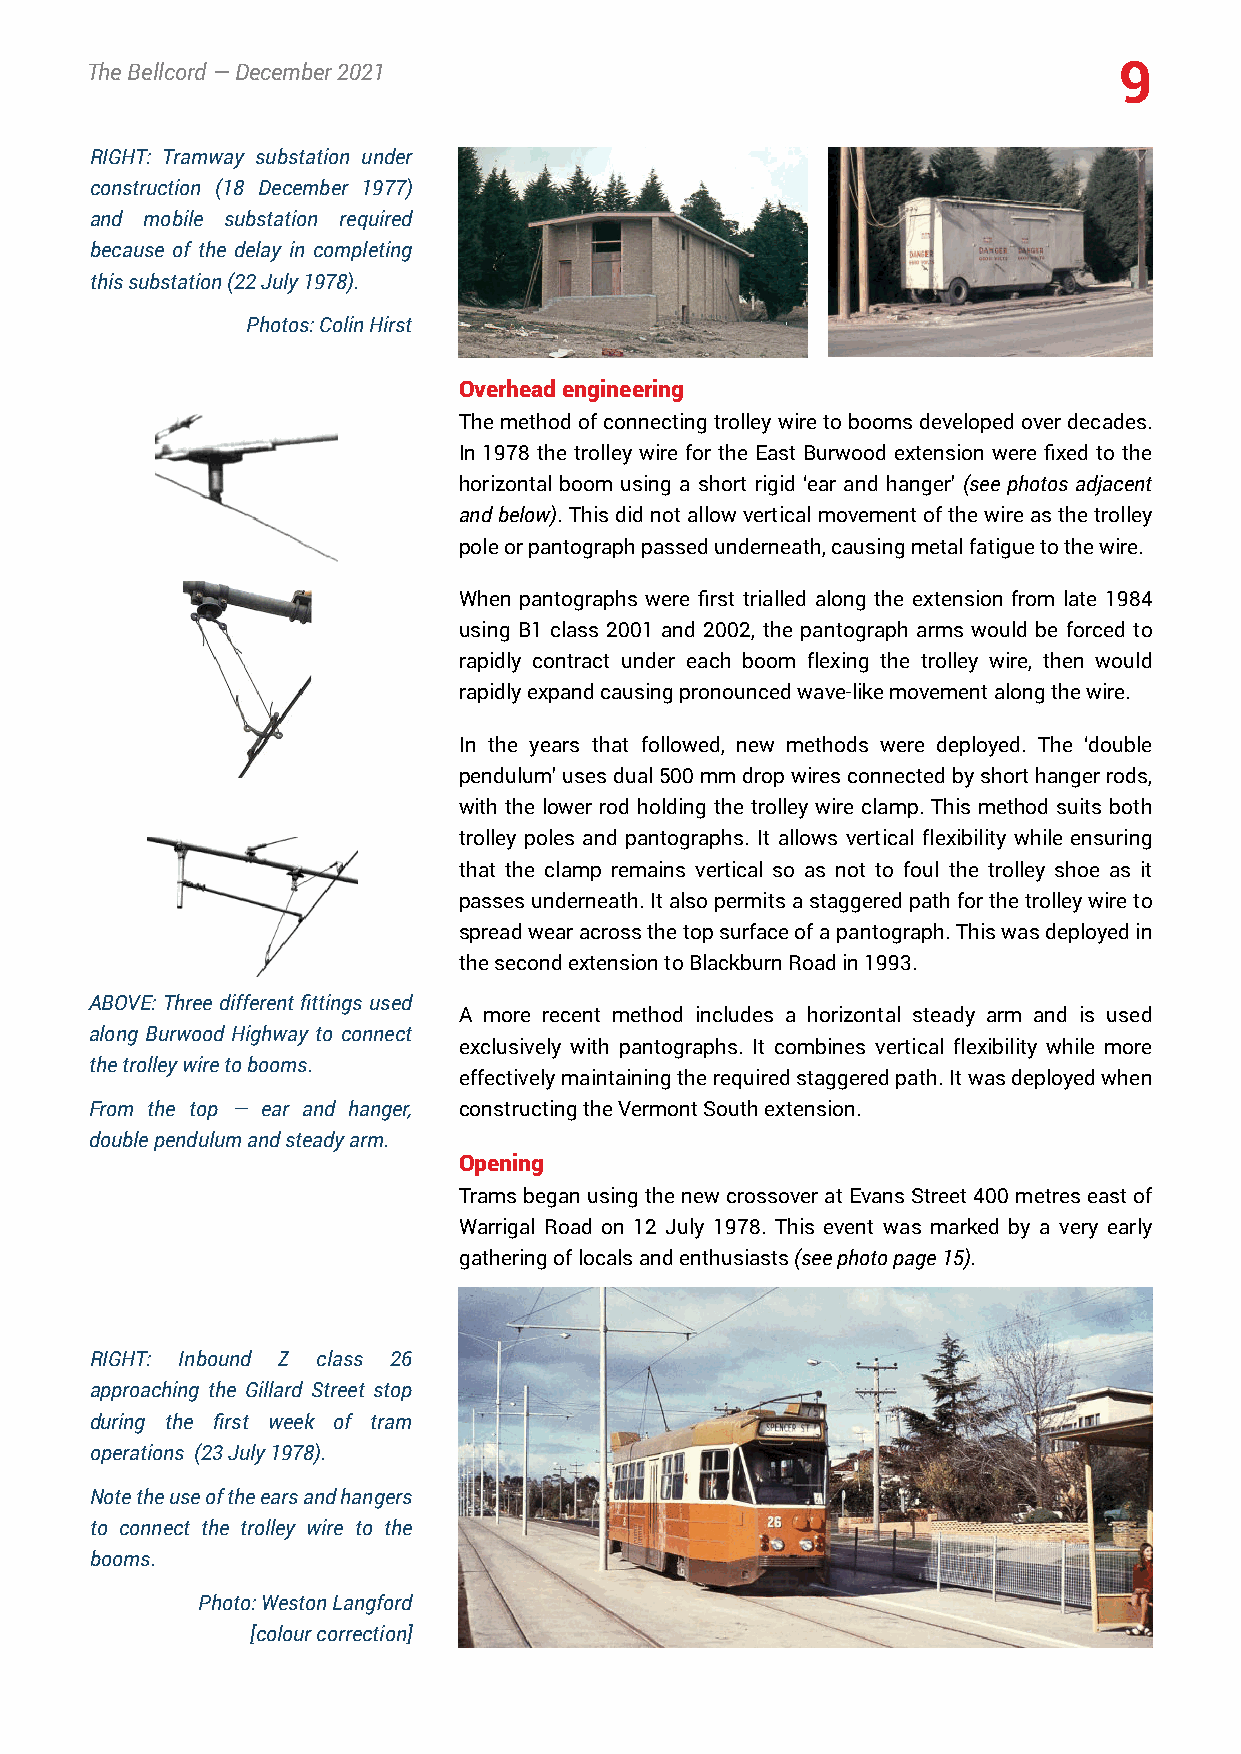
TheBellcord—December2021                                            9
 RIGHT: Tramway substation under
 construction (18 December 1977)
 and mobile substation required
 because of the delay in completing
 thissubstation(22July1978).
 Photos:ColinHirst
 Overheadengineering
 Themethodofconnectingtrolleywiretoboomsdevelopedoverdecades.
 In 1978 the trolley wire for the East Burwood extension were fixed to the
 horizontal boom using a short rigid ‘ear and hanger’ (see photos adjacent
 andbelow).Thisdidnotallowverticalmovementofthewireasthetrolley
 poleorpantographpassedunderneath,causingmetalfatiguetothewire.
 When pantographs were first trialled along the extension from late 1984
 using B1 class 2001 and 2002, the pantograph arms would be forced to
 rapidly contract under each boom flexing the trolley wire, then would
 rapidlyexpandcausingpronouncedwave-likemovementalongthewire.
 In the years that followed, new methods were deployed. The ‘double
 pendulum’usesdual500mmdropwiresconnectedbyshorthangerrods,
 with the lower rod holding the trolley wire clamp. This method suits both
 trolley poles and pantographs. It allows vertical flexibility while ensuring
 that the clamp remains vertical so as not to foul the trolley shoe as it
 passesunderneath.Italsopermitsastaggeredpathforthetrolleywireto
 spreadwearacrossthetopsurfaceofapantograph.Thiswasdeployedin
 thesecondextensiontoBlackburnRoadin1993.
 ABOVE: Threedifferentfittings used
 A more recent method includes a horizontal steady arm and is used
 along Burwood Highway to connect
 exclusively with pantographs. It combines vertical flexibility while more
 thetrolleywiretobooms.
 effectivelymaintainingtherequiredstaggeredpath.Itwasdeployedwhen
 From the top — ear and hanger, constructingtheVermontSouthextension.
 doublependulumandsteadyarm.
 Opening
 TramsbeganusingthenewcrossoveratEvansStreet400metreseastof
 Warrigal Road on 12 July 1978. This event was marked by a very early
 gatheringoflocalsandenthusiasts(seephotopage15).
 RIGHT: Inbound Z class 26
 approaching the Gillard Street stop
 during the first week of tram
 operations (23July1978).
 Notetheuseoftheearsandhangers
 to connect the trolley wire to the
 booms.
 Photo:WestonLangford
 [colourcorrection]